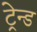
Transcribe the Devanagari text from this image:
ट्रेन्ड